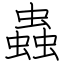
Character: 蟲